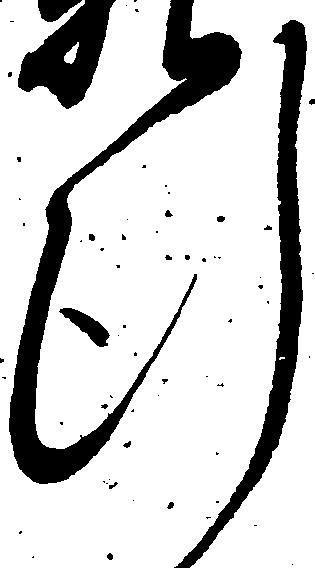
行